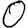
Digit: 0